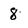
Character: 8